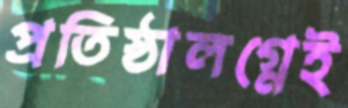
প্রতিষ্ঠালগ্নেই